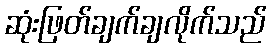
ဆုံးဖြတ်ချက်ချလိုက်သည်